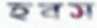
হবস